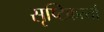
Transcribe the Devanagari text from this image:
सृष्टिकर्त्या